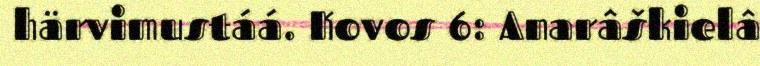
härvimustáá. Kovos 6: Anarâškielâ